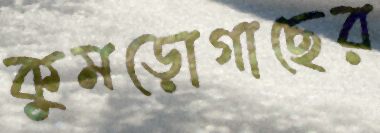
কুমড়োগাছের